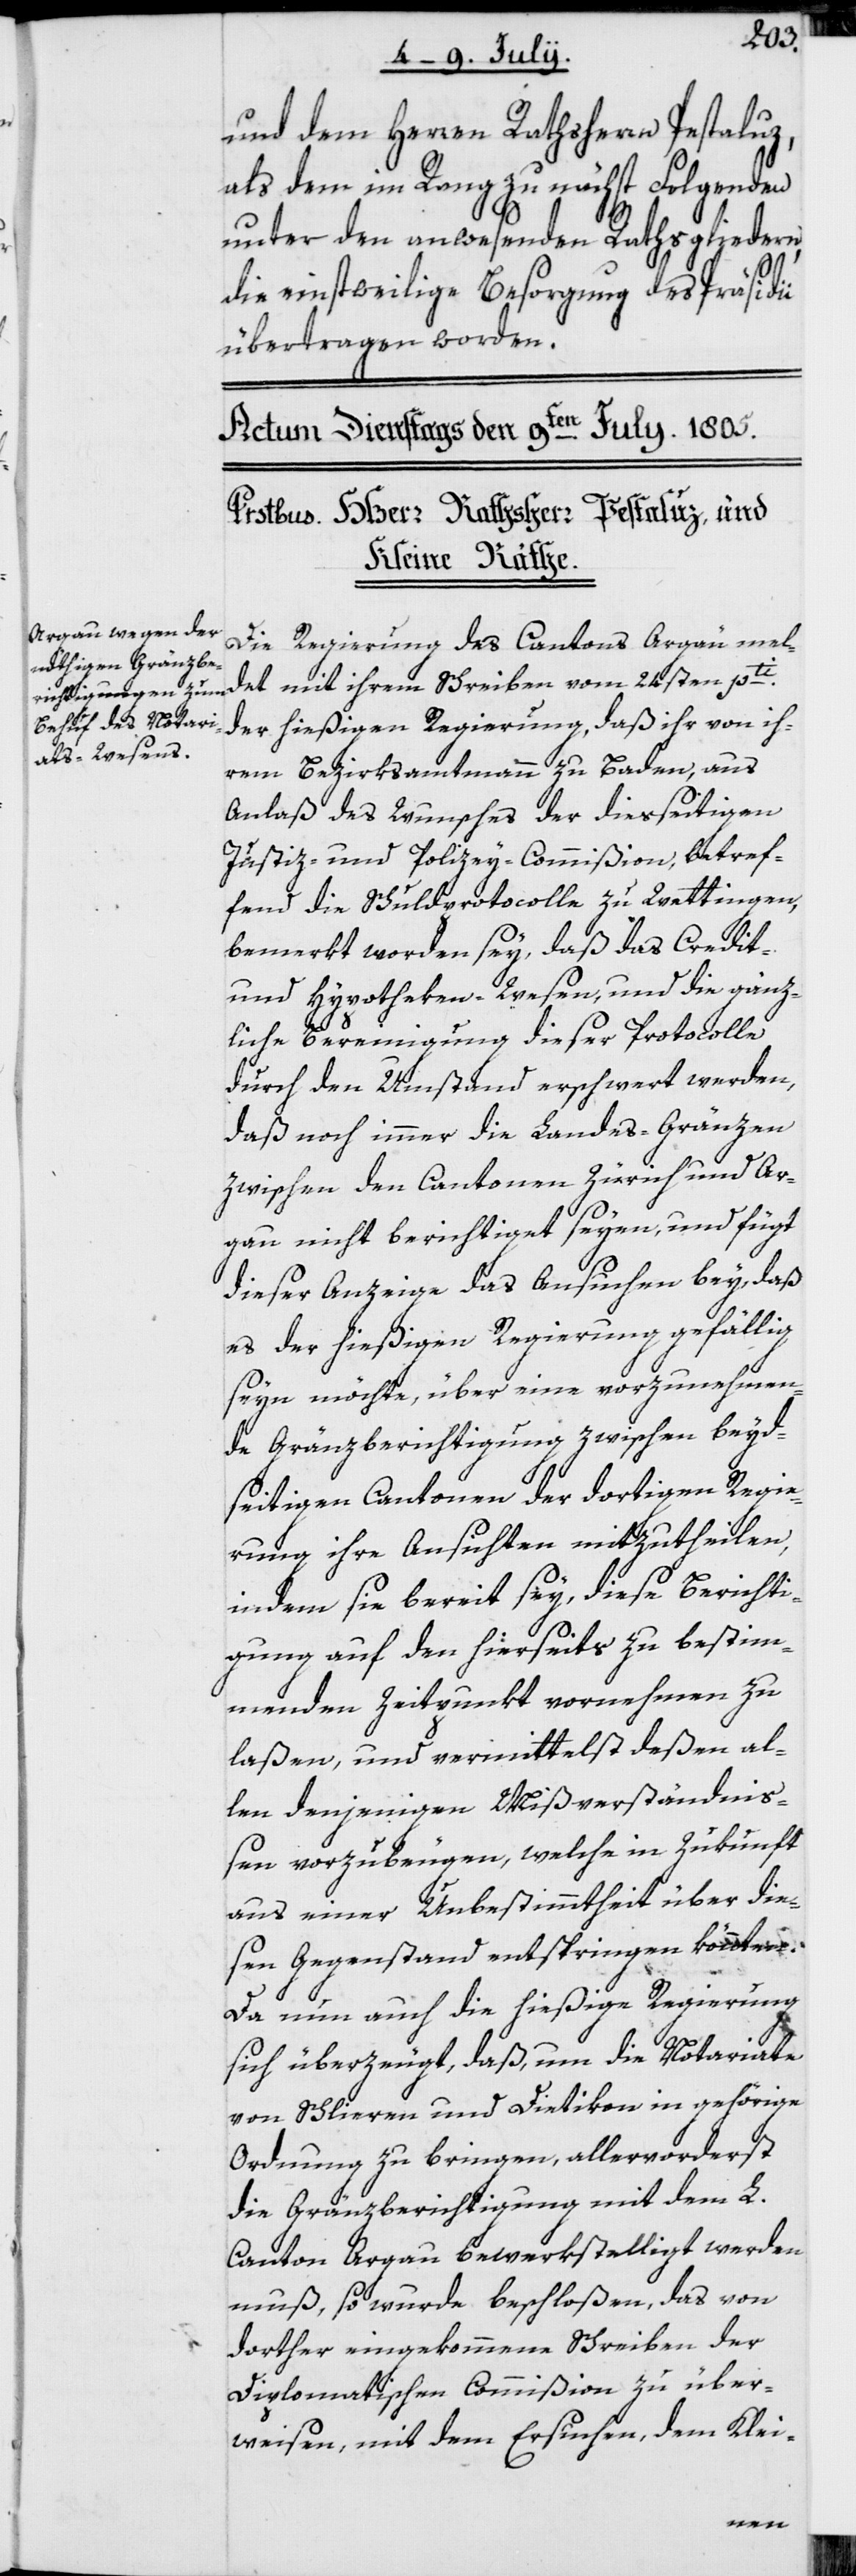
und dem Herren Rathsherrn Pestaluz,
als dem im Rang zu nächst Folgenden
unter den anwesenden Rathsgliedern,
die einstweilige Besorgung des Präsidii
übertragen worden.
Die Regierung des Cantons Argau mel¬
det mit ihrem Schreiben vom 24sten pti.
der hießigen Regierung, daß ihr von ih¬
rem Bezirksamtmann zu Baden, aus
Anlaß des Wunsches der diesseitigen
Justiz- und Polizey-Commißion, betref¬
fend die Schuldprotocolle zu Wettingen,
bemerkt worden sey, daß das Credit-
und Hypotheken-Wesen, und die gänz¬
liche Bereinigung dieser Protocolle
durch den Umstand erschwert werden,
daß noch immer die Landes-Gränzen
zwischen den Cantonen Zürich und Ar¬
gau nicht berichtiget seyen, und fügt
dieser Anzeige das Ansuchen bey, daß
es der hießigen Regierung gefällig
seyn möchte, über eine vorzunehmen¬
de Gränzberichtigung zwischen beyd¬
seitigen Cantonen der dortigen Regie¬
rung ihre Ansichten mitzutheilen,
indem sie bereit sey, diese Berichti¬
gung auf den hierseits zu bestim¬
menden Zeitpunkt vornehmen zu
laßen, und vermittelst deßen al¬
len denjenigen Mißverständniß¬
en vorzubeugen, welche in Zukunft
aus einer Unbestimmtheit über die¬
sen Gegenstand entspringen könnten.
Da nun auch die hießige Regierung
sich überzeugt, daß, um die Notariate
von Schlieren und Dietikon in gehörige
Ordnung zu bringen, allervorderst
die Gränzberichtigung mit dem L.
Canton Argau bewerkstelligt werden
muß, so wurde beschloßen, das von
dorther eingekommene Schreiben der
Diplomatischen Commißion zu über¬
weisen, mit dem Ersuchen, dem Klei-